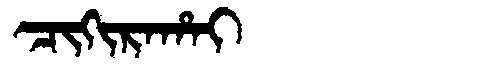
Manchu: ᠴᡳᡴᡳᡵᠠᡥᠠᡳ
Romanization: CIKIRAHAI